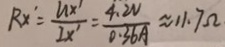
R x ^ { \prime } = \frac { U x ^ { \prime } } { I x ^ { \prime } } = \frac { 4 . 2 v } { 0 . 3 6 A } \approx 1 1 . 7 \Omega